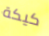
كيكة